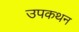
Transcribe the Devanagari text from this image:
उपकथन